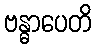
ဗန္ဓာပေတိ